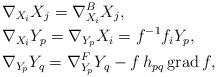
LaTeX: \begin{align*}& \nabla_{X_i} X_j = \nabla^B_{X_i} X_j, \\& \nabla_{X_i}Y_p = \nabla_{Y_p} X_i = f^{-1}f_iY_p, \\& \nabla_{Y_p} Y_q = \nabla^F_{Y_p} Y_q -f\,h_{pq} \,{\rm grad}\: f,\end{align*}